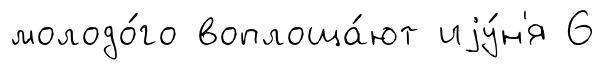
молодо́го воплоща́ют иjу́н'я 6